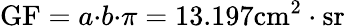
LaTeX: \mathrm{GF}=a{\cdot}b{\cdot}\pi=\textnormal{13.197}\mathrm{cm^{2}\cdot{sr}}